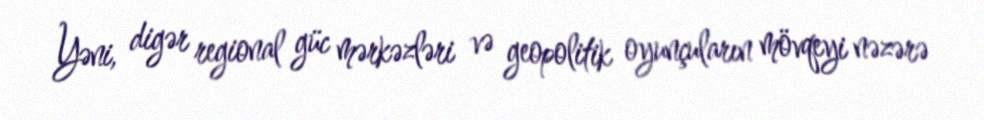
Yəni, digər regional güc mərkəzləri və geopolitik oyunçuların mövqeyi nəzərə